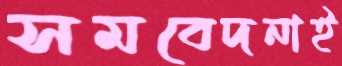
সমবেদনাই